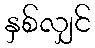
နှစ်လျှင်